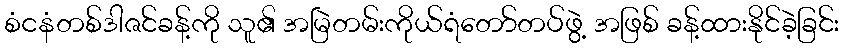
စံငနံတစ်ဒါဇင်ခန့်ကို သူ၏ အမြဲတမ်းကိုယ်ရံတော်တပ်ဖွဲ့ အဖြစ် ခန့်ထားနိုင်ခဲ့ခြင်း